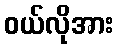
ဝယ်လိုအား